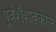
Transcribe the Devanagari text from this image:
पूर्वशैशवकाल